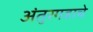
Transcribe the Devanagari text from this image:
अंतुरगडाचे